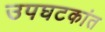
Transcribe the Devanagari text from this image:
उपघटकांत